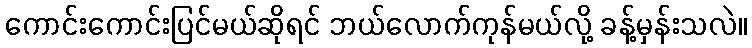
ကောင်းကောင်းပြင်မယ်ဆိုရင် ဘယ်လောက်ကုန်မယ်လို့ ခန့်မှန်းသလဲ။